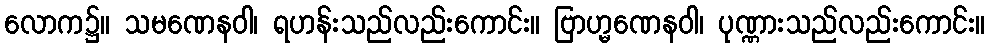
လောက၌။ သမဏေနဝါ၊ ရဟန်းသည်လည်းကောင်း။ ဗြာဟ္မဏေနဝါ၊ ပုဏ္ဏားသည်လည်းကောင်း။